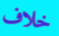
خلاف